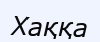
Хаққа